Senior Leaving Certificate Examination (including Day School Certificate (Higher) General paper), 1946
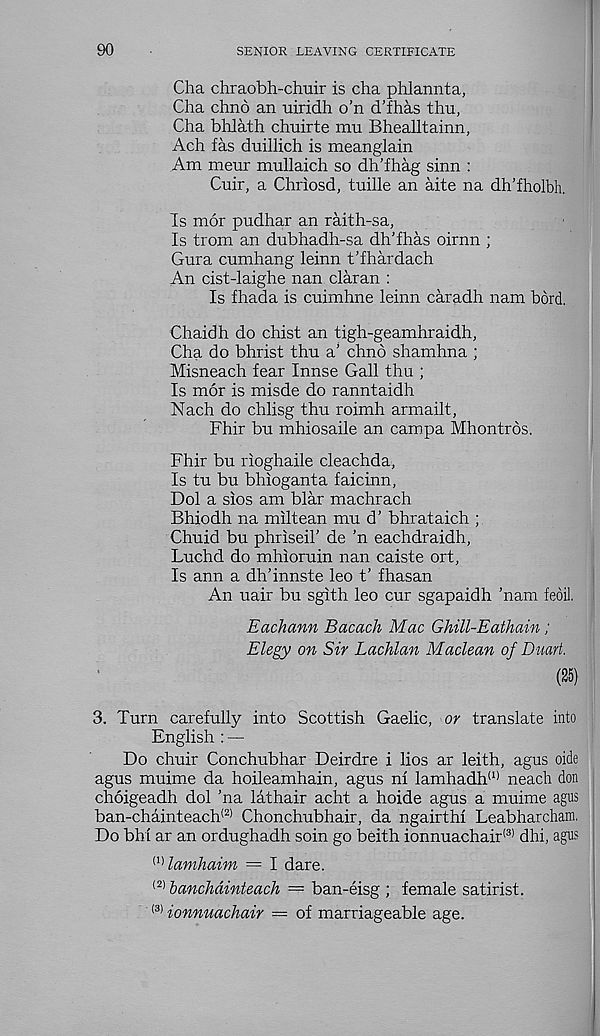
90
SENIOR LEAVING CERTIFICATE
Cha chraobh-chuir is cha phlannta,
Cha chno an uiridh o’n d’fhas thu,
Cha bhlath chuirte mu Bhealltainn,
Ach fas duillich is meanglain
Am meur mullaich so dh'fhag sinn :
Cuir, a Chriosd, tuille an aite na dh’fholbh.
Is mor pudhar an raith-sa.
Is from an dubhadh-sa dh'fhas oirnn ;
Gura cumhang leinn t’fhardach
An cist-laighe nan claran :
Is fhada is cuimhne leinn caradh nam bord.
Chaidh do chist an tigh-geamhraidh,
Cha do bhrist thu a' chno shamhna ;
Misneach fear Innse Gall thu ;
Is mor is misde do ranntaidh
Nach do chlisg thu roimh armailt,
Fhir bu mhiosaile an campa Mhontros.
Fhir bu rioghaile cleachda,
Is tu bu bhioganta faicinn,
Dol a sios am blar machrach
Bhiodh na miltean mu d’ bhrataich ;
Chuid bu phriseil’ de ’n eachdraidh,
Luchd do mhioruin nan caiste ort,
Is ann a dh’innste leo t’ fhasan
An uair bu sgith leo cur sgapaidh ’nam feoil.
Eachann Bacach Mac Ghill-Eathain;
Elegy on Sir Lachlan Maclean of Duart.
(25)
3. Turn carefully into Scottish Gaelic, or translate into
English : —
Do chuir Conchubhar Deirdre i lios ar leith, agus oide
agus muime da hoileamhain, agus ni lamhadh (I) neach don
choigeadh dol ’na lathair acht a hoide agus a muime agus
ban-chainteach <2) Chonchubhair, da ngairthf Leabharcham,
Do bhf ar an ordughadh soin go beith ionnuachair (3) dhi, agus
(1) lamhaim = I dare.
(2) banchdinteach — ban-eisg ; female satirist.
(3) ionnuachair = of marriageable age.